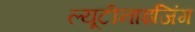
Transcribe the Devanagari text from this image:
ल्यूटीनाइजिंग